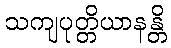
သကျပုတ္တိယာနန္တိ